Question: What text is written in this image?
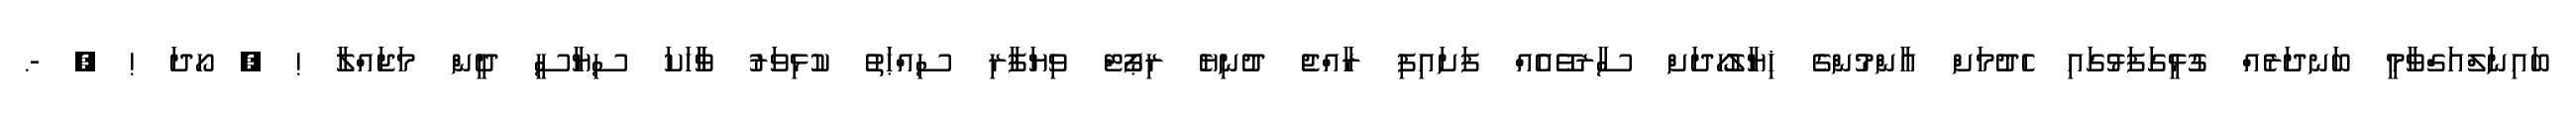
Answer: ބައިނަލްއަގްވާމީ ބަނދަރެއް ގުޅީގަފަޅުގައި ހެދުމަށް އާންމުންގެ ޚިޔާލުހޯދަށް ސާރވޭއެއް ފަށައިފި ރާއްޖެ ދުނިޔެ ރިޕޯޓް ވިޔަފާރި ސިއްޙަތު ކުޅިވަރު ވާާހަކަ ސިޔާސީ ދީން މަޖައްލާ ! ? ހޯދަ ! ? -.